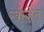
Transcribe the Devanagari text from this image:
खोजेंत